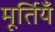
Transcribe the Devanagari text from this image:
मूर्तियँ